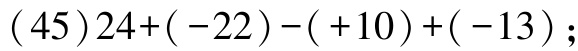
\((45)24+(-22)-(+10)+(-13)\);